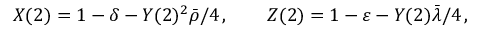
X ( 2 ) = 1 - \delta - Y ( 2 ) ^ { 2 } \bar { \rho } / 4 \, , \qquad Z ( 2 ) = 1 - \varepsilon - Y ( 2 ) \bar { \lambda } / 4 \, ,